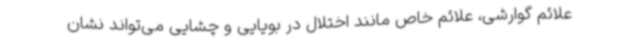
علائم گوارشی، علائم خاص مانند اختلال در بویایی و چشایی می‌تواند نشان